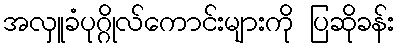
အလှူခံပုဂ္ဂိုလ်ကောင်းများကို ပြဆိုခန်း